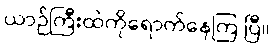
ယာဉ်ကြီးထဲကိုရောက်နေကြ ပြီ။